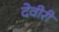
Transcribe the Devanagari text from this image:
देवीरी